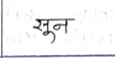
मजकूर: सून